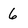
Character: 6